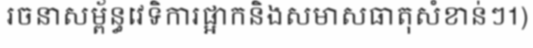
រចនាសម្ព័ន្ធវេទិការផ្អាកនិងសមាសធាតុសំខាន់ៗ1)